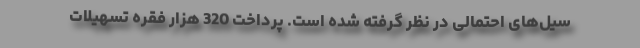
سیل‌های احتمالی در نظر گرفته شده است. پرداخت 320 هزار فقره تسهیلات